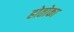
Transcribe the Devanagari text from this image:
होतोका